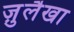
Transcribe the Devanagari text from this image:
ज़ुलैखा